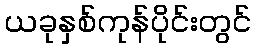
ယခုနှစ်ကုန်ပိုင်းတွင်